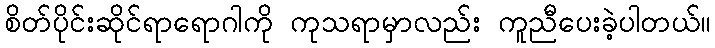
စိတ်ပိုင်းဆိုင်ရာရောဂါကို ကုသရာမှာလည်း ကူညီပေးခဲ့ပါတယ်။